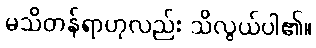
မသိတန်ရာဟုလည်း သိလွယ်ပါ၏။